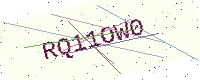
Text: RQ11OW0